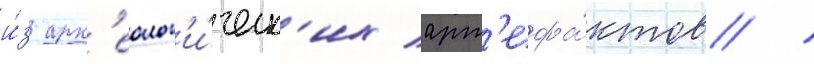
и́з арх'еолог'и́ческ'их арт'ефа́ктов /